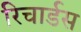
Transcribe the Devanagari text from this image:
रिचार्डस